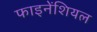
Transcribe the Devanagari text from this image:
फाइनेंशियल